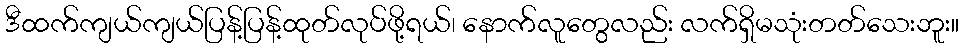
ဒီထက်ကျယ်ကျယ်ပြန့်ပြန့်ထုတ်လုပ်ဖို့ရယ်၊ နောက်လူတွေလည်း လက်ရှိမသုံးတတ်သေးဘူး။